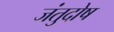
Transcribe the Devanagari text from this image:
जंतुदोष